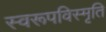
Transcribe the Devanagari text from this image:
स्वरूपविस्मृति